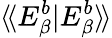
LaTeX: \langle\! \langle E_{\beta}^{b}|E_{\beta}^{b}\rangle\! \rangle